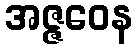
အဇ္ဇဝေန